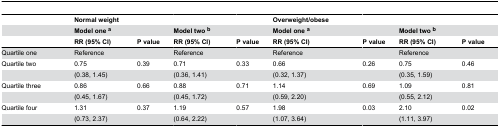
<table><thead><tr><td></td><td colspan="2"><b>Normal weight</b></td><td></td><td></td><td><b>Overweight/obese</b></td><td colspan="2"></td><td></td></tr><tr><td></td><td colspan="2"><b>Model one<sup>a</sup></b></td><td><b>Model two<sup>b</sup></b></td><td></td><td><b>Model one<sup>a</sup></b></td><td></td><td><b>Model two<sup>b</sup></b></td><td></td></tr><tr><td></td><td><b>RR (95% CI)</b></td><td><b>P value</b></td><td><b>RR (95% CI)</b></td><td><b>P value</b></td><td><b>RR (95% CI)</b></td><td><b>P value</b></td><td><b>RR (95% CI)</b></td><td><b>P value</b></td></tr></thead><tbody><tr><td>Quartile one</td><td>Reference</td><td></td><td>Reference</td><td></td><td>Reference</td><td></td><td>Reference</td><td></td></tr><tr><td>Quartile two</td><td>0.75</td><td>0.39</td><td>0.71</td><td>0.33</td><td>0.66</td><td>0.26</td><td>0.75</td><td>0.46</td></tr><tr><td></td><td>(0.38, 1.45)</td><td></td><td>(0.36, 1.41)</td><td></td><td>(0.32, 1.37)</td><td></td><td>(0.35, 1.59)</td><td></td></tr><tr><td>Quartile three</td><td>0.86</td><td>0.66</td><td>0.88</td><td>0.71</td><td>1.14</td><td>0.69</td><td>1.09</td><td>0.81</td></tr><tr><td></td><td>(0.45, 1.67)</td><td></td><td>(0.45, 1.72)</td><td></td><td>(0.59, 2.20)</td><td></td><td>(0.55, 2.12)</td><td></td></tr><tr><td>Quartile four</td><td>1.31</td><td>0.37</td><td>1.19</td><td>0.57</td><td>1.98</td><td>0.03</td><td>2.10</td><td>0.02</td></tr><tr><td></td><td>(0.73, 2.37)</td><td></td><td>(0.64, 2.22)</td><td></td><td>(1.07, 3.64)</td><td></td><td>(1.11, 3.97)</td><td></td></tr></tbody></table>